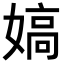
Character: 𡠀